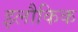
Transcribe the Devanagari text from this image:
इलौकिक